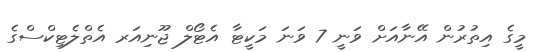
މީގެ އިތުރުން އޭނާއަށް ވަނީ 7 ވަނަ މަކީޓާ އެޓޯލް ޖޫނިއަރ އެތްލެޓިކްސްގެ